Scottish Leaving Certificate Examination, 1960
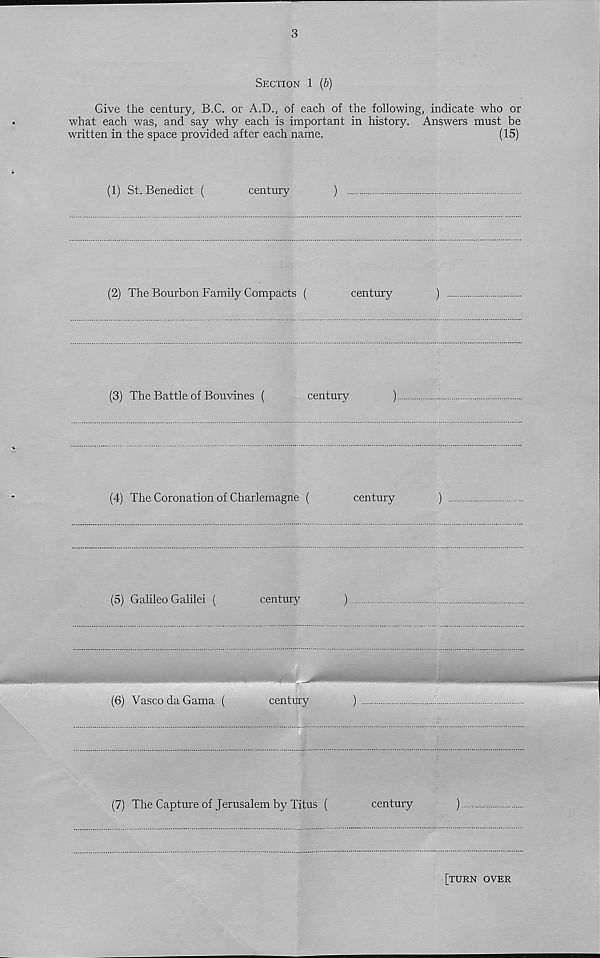
3
Section 1 (&)
Give the century, B.C. or A.D., of each of the following, indicate who or
what each was, and say why each is important in history. Answers must be
written in the space provided after each name.
(15)
(1) St. Benedict (
century
)
(2) The Bourbon Family Compacts (
century
)
(3) The Battle of Bouvines (
century
)
(4) The Coronation of Charlemagne (
century
)
(5) Galileo Galilei (
century
)
(6) Vasco da Gama (
century
(7) The Capture of Jerusalem by Titus (
century
)
[turn over